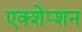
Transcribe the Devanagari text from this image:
एक्शेप्शन